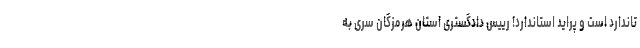
تاندارد است و پراید استاندارد! رییس دادگستری استان هرمزگان سری به